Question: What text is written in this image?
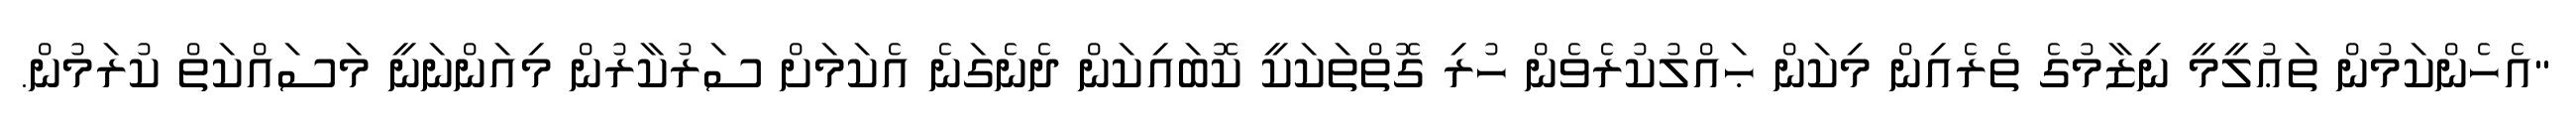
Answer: "އެހެންކަމުން ތަޢުލީމީ ނިޒާމުގެ ތެރެއިން މިކަން ޙައްލުކުރެވެން ހުރި ގޮތްތަކަކީ ކޮބައިކަން ދެނެގަނެ އެކަމަށް ސަރުކާރުން މިއަންނަނީ މަސައްކަތް ކުރަމުން.